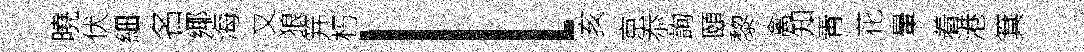
曉伏細名鄊海又狼笄朽l亥京忝詢頤黎禽知靑花暈着港箕